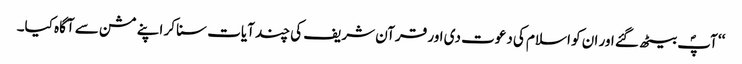
‘‘ آپؐ بیٹھ گئے اور ان کو اسلام کی دعوت دی اور قرآن شریف کی چند آیات سنا کر اپنے مشن سے آگاہ کیا۔